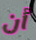
أن